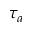
\tau _ { a }